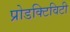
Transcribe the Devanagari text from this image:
प्रोडक्टिविटी